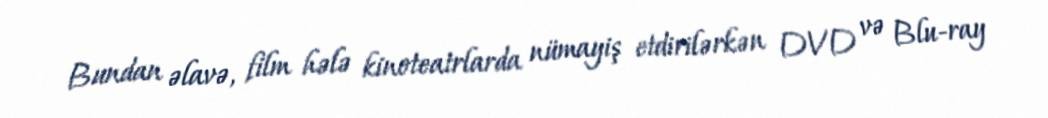
Bundan əlavə, film hələ kinoteatrlarda nümayiş etdirilərkən DVD və Blu-ray